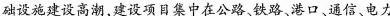
础设施建设高潮，建设项目集中在公路、铁路、港口、通信、电力